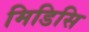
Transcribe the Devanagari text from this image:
मिडिसि